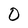
Character: 0